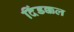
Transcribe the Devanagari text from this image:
दिंडक्कल